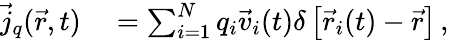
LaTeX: \begin{array}{rl}{\vec{j}_{q}(\vec{r},t)}&{{}=\sum_{i=1}^{N}q_{i}\vec{v}_{i}(t)\delta\left[\vec{r}_{i}(t)-\vec{r}\right]\, ,}\end{array}